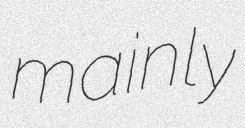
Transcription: mainly